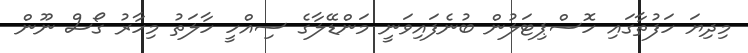
މިދިޔަ ހަފުތާގައި ހޮސްޕިޓަލުން ބުނެފައިވަނީ މަންޑޭލާގެ ސިއްހީ ހާލަތު މިހާރު ގޯސް ނޫން